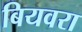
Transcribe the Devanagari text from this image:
बियवरा